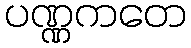
ပဏ္ဏကတေ